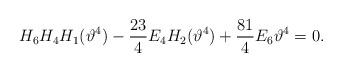
LaTeX: \begin{align*}H_6H_{4}H_{1}(\vartheta^4)- \frac{23}{4} E_4 H_{2}(\vartheta^4) +\frac{81}{4} E_6 \vartheta^4=0.\end{align*}